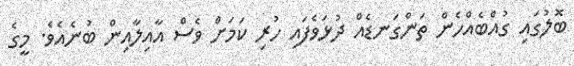
ބޮލުގައި ގުއްބެއްހެން ތަންގަނޑެއް ދުޅަވެފައި ހުރި ކަމަށް ވެސް އާއިލާއިން ބުނެއެވެ. މީގެ